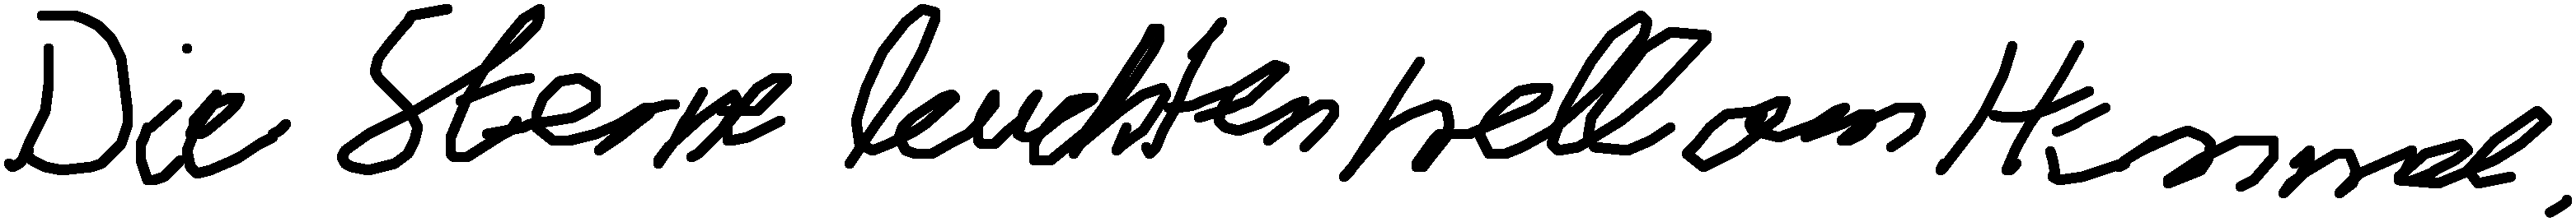
Die Sterne leuchten hell am Himmel.